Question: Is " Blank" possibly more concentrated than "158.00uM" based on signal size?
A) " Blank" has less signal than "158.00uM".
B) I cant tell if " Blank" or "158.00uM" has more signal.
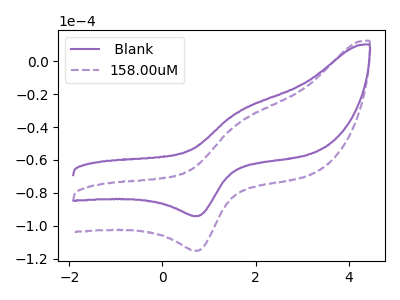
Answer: <think>The purple curve " Blank" has an anodic peak at (1.65V, -30.25uA) and a cathodic peak at (0.75V, -94.05uA). The purple dashed curve "158.00uM" has an anodic peak at (1.65V, -37.00uA) and a cathodic peak at (0.75V, -115.15uA).
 All the peaks in " Blank" have a peak in "158.00uM" at the same potential.</think>
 <answer>B) I cant tell if " Blank" or "158.00uM" has more signal.</answer>
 <eval>B</eval>